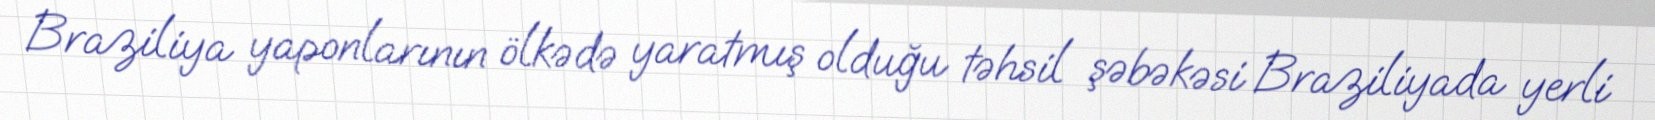
Braziliya yaponlarının ölkədə yaratmış olduğu təhsil şəbəkəsi Braziliyada yerli